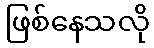
ဖြစ်နေသလို